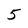
Character: 5